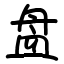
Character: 盘